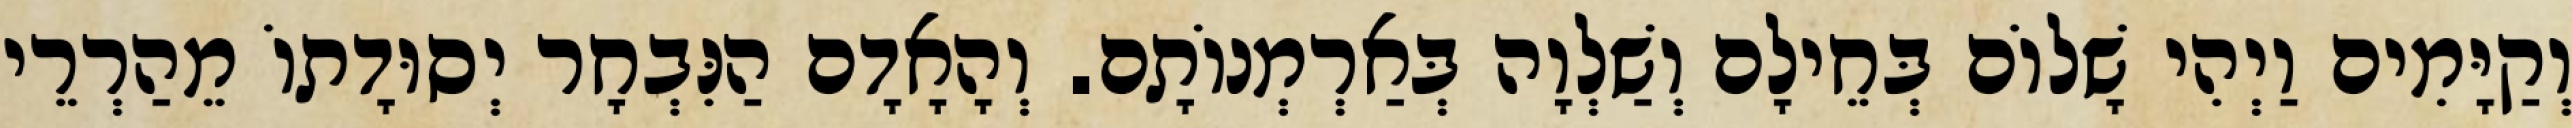
וְקַיָּמִים וַיְהִי שָׁלוֹם בְּחֵילָם וְשַׁלְוָה בְּאַרְמְנוֹתָם. וְהָאָדָם הַנִּבְחָר יְסוּדָתוֹ מֵהַרְרֵי